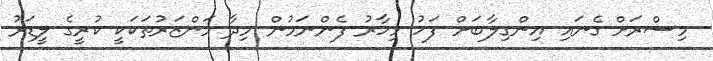
މިސްރަށް ގެނައި އިންގިލާބަށް ފަހު މިހާރު ފެންނަމުން މިދާ މަންޒަރުތަކަކީ ކުރީގެ ލީޑަރު